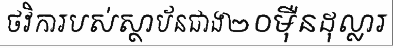
ថវិការបស់ស្ថាប័នជាង២០ម៉ឺនដុល្លារ